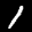
Label: 1